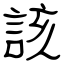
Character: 該